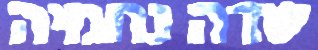
שדה נחמיה